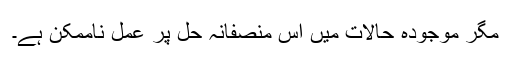
مگر موجودہ حالات میں اس منصفانہ حل پر عمل ناممکن ہے۔